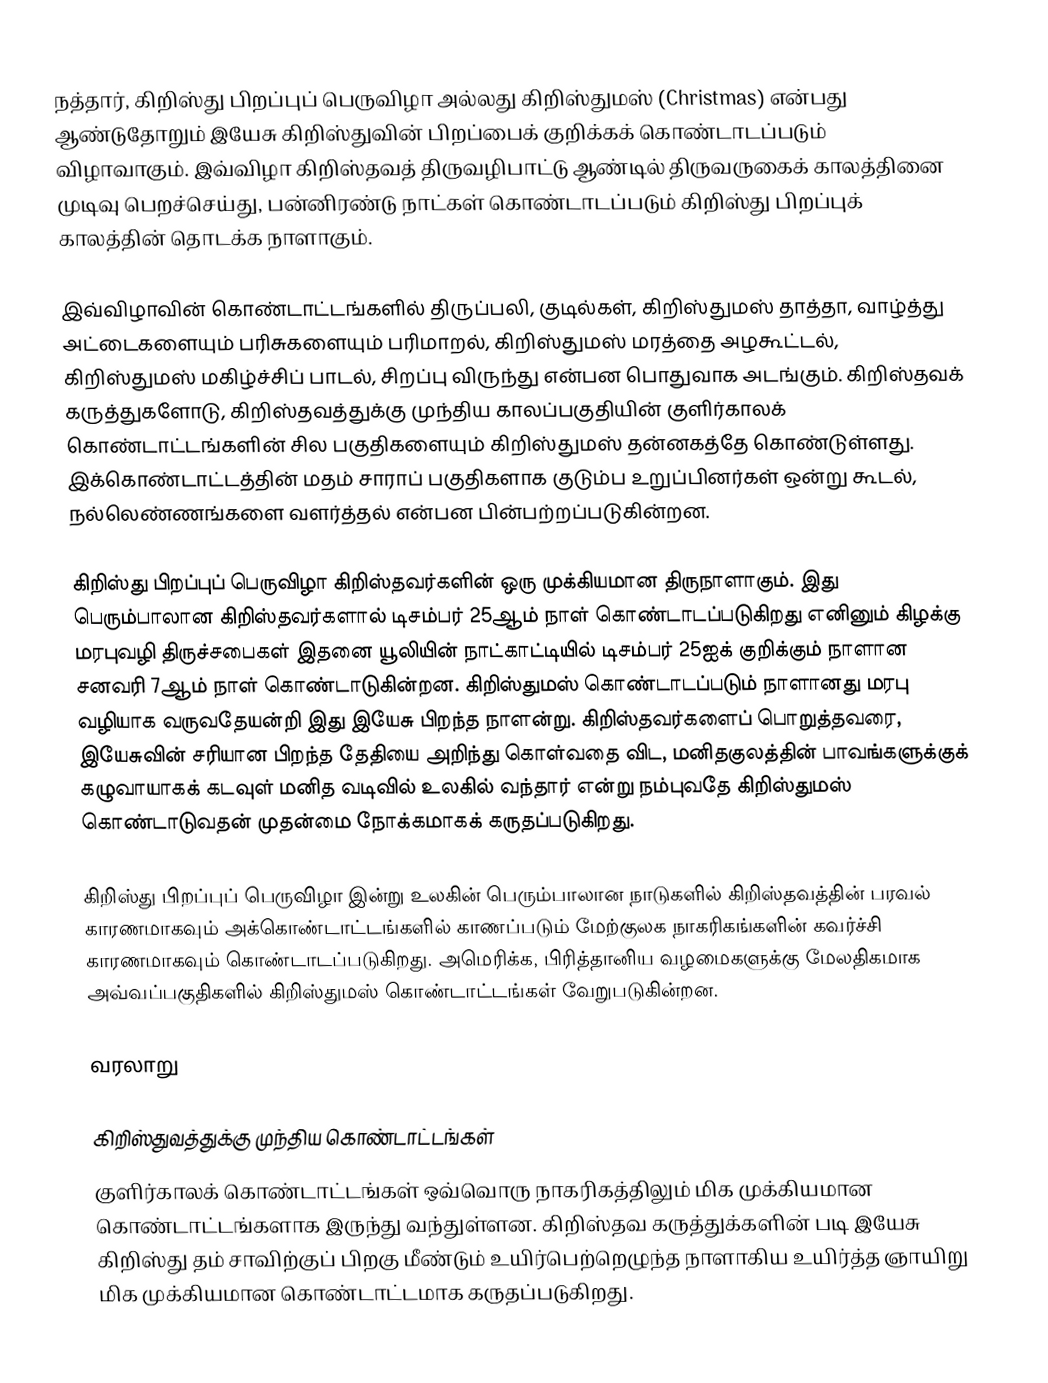
நத்தார், கிறிஸ்து பிறப்புப் பெருவிழா அல்லது  கிறிஸ்துமஸ் (Christmas) என்பது ஆண்டுதோறும் இயேசு கிறிஸ்துவின் பிறப்பைக் குறிக்கக் கொண்டாடப்படும் விழாவாகும். இவ்விழா கிறிஸ்தவத் திருவழிபாட்டு ஆண்டில் திருவருகைக் காலத்தினை முடிவு பெறச்செய்து, பன்னிரண்டு நாட்கள் கொண்டாடப்படும் கிறிஸ்து பிறப்புக் காலத்தின் தொடக்க நாளாகும்.

இவ்விழாவின் கொண்டாட்டங்களில் திருப்பலி, குடில்கள், கிறிஸ்துமஸ் தாத்தா, வாழ்த்து அட்டைகளையும் பரிசுகளையும் பரிமாறல், கிறிஸ்துமஸ் மரத்தை அழகூட்டல், கிறிஸ்துமஸ் மகிழ்ச்சிப் பாடல், சிறப்பு விருந்து என்பன பொதுவாக அடங்கும். கிறிஸ்தவக் கருத்துகளோடு, கிறிஸ்தவத்துக்கு முந்திய காலப்பகுதியின் குளிர்காலக் கொண்டாட்டங்களின் சில பகுதிகளையும் கிறிஸ்துமஸ் தன்னகத்தே கொண்டுள்ளது. இக்கொண்டாட்டத்தின் மதம் சாராப் பகுதிகளாக குடும்ப உறுப்பினர்கள் ஒன்று கூடல், நல்லெண்ணங்களை வளர்த்தல் என்பன பின்பற்றப்படுகின்றன.

கிறிஸ்து பிறப்புப் பெருவிழா கிறிஸ்தவர்களின் ஒரு முக்கியமான திருநாளாகும். இது பெரும்பாலான கிறிஸ்தவர்களால் டிசம்பர் 25ஆம் நாள் கொண்டாடப்படுகிறது எனினும் கிழக்கு மரபுவழி திருச்சபைகள் இதனை யூலியின் நாட்காட்டியில் டிசம்பர் 25ஐக் குறிக்கும் நாளான சனவரி 7ஆம் நாள் கொண்டாடுகின்றன. கிறிஸ்துமஸ் கொண்டாடப்படும் நாளானது மரபு வழியாக வருவதேயன்றி இது இயேசு பிறந்த நாளன்று. கிறிஸ்தவர்களைப் பொறுத்தவரை, இயேசுவின் சரியான பிறந்த தேதியை அறிந்து கொள்வதை விட, மனிதகுலத்தின் பாவங்களுக்குக் கழுவாயாகக் கடவுள் மனித வடிவில் உலகில் வந்தார் என்று நம்புவதே கிறிஸ்துமஸ் கொண்டாடுவதன் முதன்மை நோக்கமாகக் கருதப்படுகிறது.

கிறிஸ்து பிறப்புப் பெருவிழா இன்று உலகின் பெரும்பாலான நாடுகளில் கிறிஸ்தவத்தின் பரவல் காரணமாகவும் அக்கொண்டாட்டங்களில் காணப்படும் மேற்குலக நாகரிகங்களின் கவர்ச்சி காரணமாகவும் கொண்டாடப்படுகிறது. அமெரிக்க, பிரித்தானிய வழமைகளுக்கு மேலதிகமாக அவ்வப்பகுதிகளில் கிறிஸ்துமஸ் கொண்டாட்டங்கள் வேறுபடுகின்றன.

வரலாறு

கிறிஸ்துவத்துக்கு முந்திய கொண்டாட்டங்கள்
குளிர்காலக் கொண்டாட்டங்கள் ஒவ்வொரு நாகரிகத்திலும் மிக முக்கியமான கொண்டாட்டங்களாக இருந்து வந்துள்ளன. கிறிஸ்தவ கருத்துக்களின் படி இயேசு கிறிஸ்து தம் சாவிற்குப் பிறகு மீண்டும் உயிர்பெற்றெழுந்த நாளாகிய உயிர்த்த ஞாயிறு மிக முக்கியமான கொண்டாட்டமாக கருதப்படுகிறது.